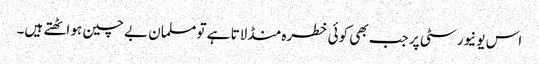
اس یونیورسٹی پر جب بھی کوئی خطرہ منڈلاتا ہے تو مسلمان بے چین ہو اٹھتے ہیں۔